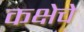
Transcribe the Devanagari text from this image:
कक्षेचे